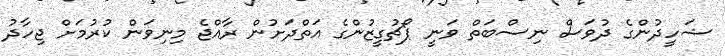
ޝަހީދުންގެ ދުވަސް ނިސްބަތް ވަނީ ޕޯޗުގީޒުންގެ އަތްދަށުން ރާއްޖެ މިނިވަން ކުރުމަށް ޖިހާދު